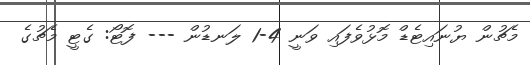
މެޗުން ޔުނައިޓެޑް މޮޅުވެފައި ވަނީ 4-1 ލަނޑުން --- ފޮޓޯ: ގެޓީ މެޗުގެ